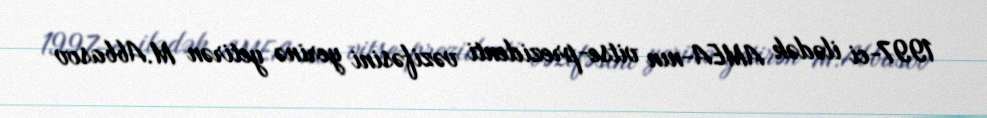
1997-ci ilədək AMEA-nın vitse-prezidenti vəzifəsini yerinə yetirən M.Abbasov